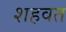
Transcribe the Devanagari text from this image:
शहवत